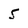
Character: 5